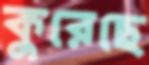
কুরেছে